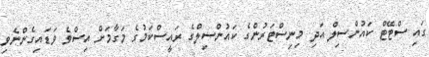
ގައި ސްޓޭޓް ކައުންސިލް އަދި މިނިސްޓަރުންގެ ކައުންސިލްގެ ރައީސްކަމުގެ މަގާމަށް އިސްވެ ވަޑައިގެންނެވި